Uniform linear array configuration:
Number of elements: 48
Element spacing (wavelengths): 0.75
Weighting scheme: hamming
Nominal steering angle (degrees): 0
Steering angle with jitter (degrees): -1.749
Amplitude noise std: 0.05
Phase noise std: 0.05

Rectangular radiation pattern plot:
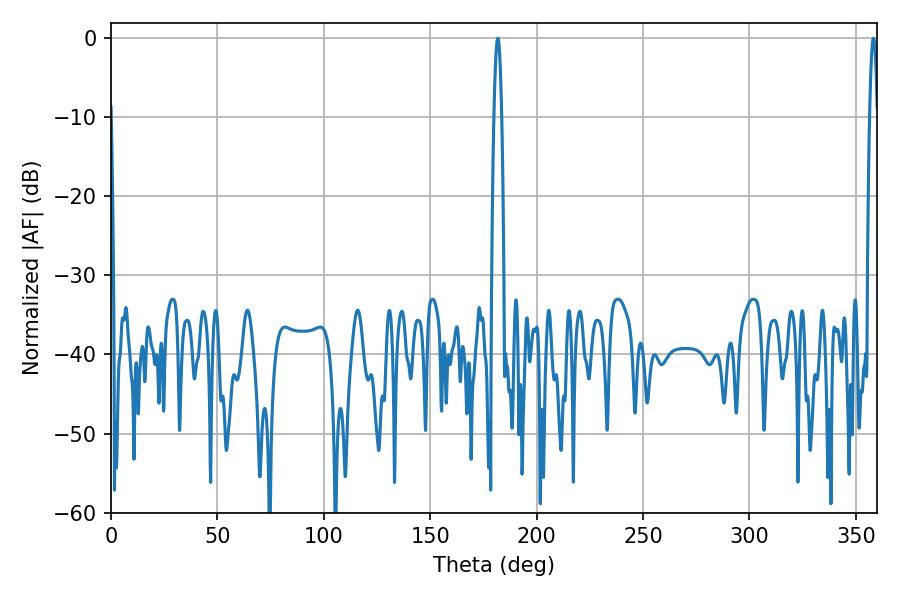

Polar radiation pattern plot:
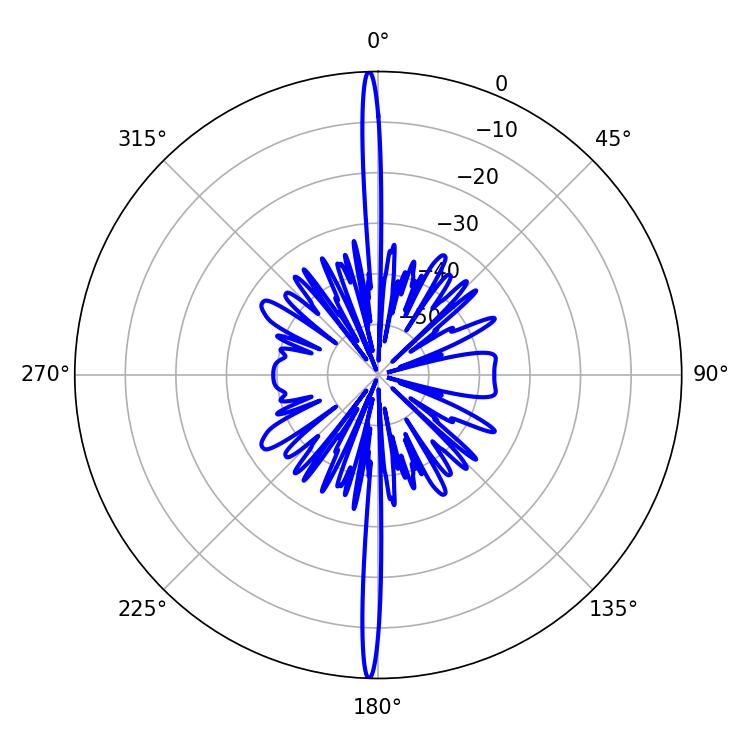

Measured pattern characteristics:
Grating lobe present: TRUE
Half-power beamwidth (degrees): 1.98
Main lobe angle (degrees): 358.2